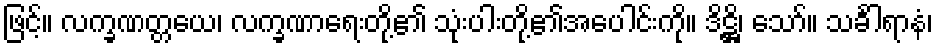
ဖြင့်။ လက္ခဏတ္တယေ၊ လက္ခဏာရေးတို့၏ သုံးပါးတို့၏အပေါင်းကို။ ဒိဋ္ဌိ၊ သော်။ သင်္ခါရာနံ၊